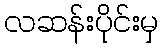
လဆန်းပိုင်းမှ